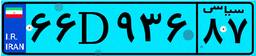
۶۶D۹۳۶۸۷